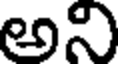
అని